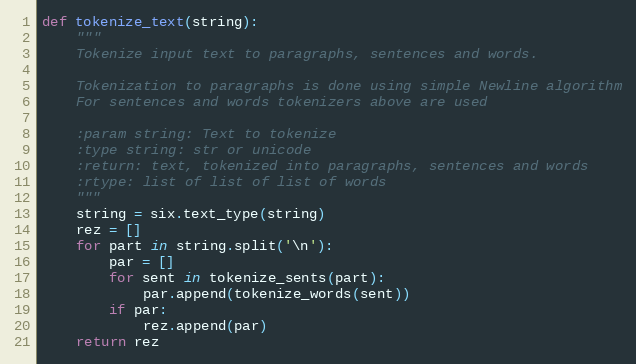
Language: Python
def tokenize_text(string):
    """
    Tokenize input text to paragraphs, sentences and words.

    Tokenization to paragraphs is done using simple Newline algorithm
    For sentences and words tokenizers above are used

    :param string: Text to tokenize
    :type string: str or unicode
    :return: text, tokenized into paragraphs, sentences and words
    :rtype: list of list of list of words
    """
    string = six.text_type(string)
    rez = []
    for part in string.split('\n'):
        par = []
        for sent in tokenize_sents(part):
            par.append(tokenize_words(sent))
        if par:
            rez.append(par)
    return rez